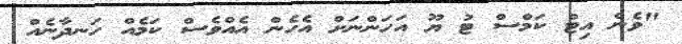
"ވެން އިޓް ކަމްސް ޓު ޔޫ އަހަންނަށް އެހެން އެއްވެސް ކަމެއް ހަނދާނެއް